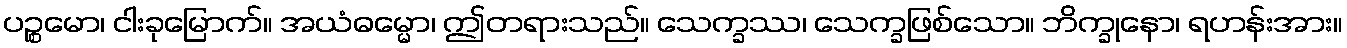
ပဉ္စမော၊ ငါးခုမြောက်။ အယံဓမ္မော၊ ဤတရားသည်။ သေက္ခဿ၊ သေက္ခဖြစ်သော။ ဘိက္ခုနော၊ ရဟန်းအား။